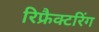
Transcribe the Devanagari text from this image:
रिफ्रैक्टरिंग